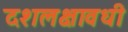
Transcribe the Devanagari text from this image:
दशलक्षावधी